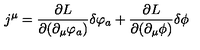
j ^ { \mu } = \frac { \partial L } { \partial ( \partial _ { \mu } \varphi _ { a } ) } \delta \varphi _ { a } + \frac { \partial L } { \partial ( \partial _ { \mu } \phi ) } \delta \phi